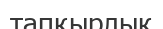
тапқырлык